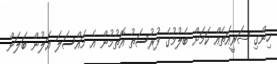
ހިންގި ޝަރީއަތެއް ކަމަށް ބެލުމުގެ ފުރުސަތު އޮތުމުން އެ މައްސަލަ އަލުން ބަލަން